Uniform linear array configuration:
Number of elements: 24
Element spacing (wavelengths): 1
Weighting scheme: blackman
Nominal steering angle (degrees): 15
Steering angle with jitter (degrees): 16.275
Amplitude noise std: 0.05
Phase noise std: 0.05

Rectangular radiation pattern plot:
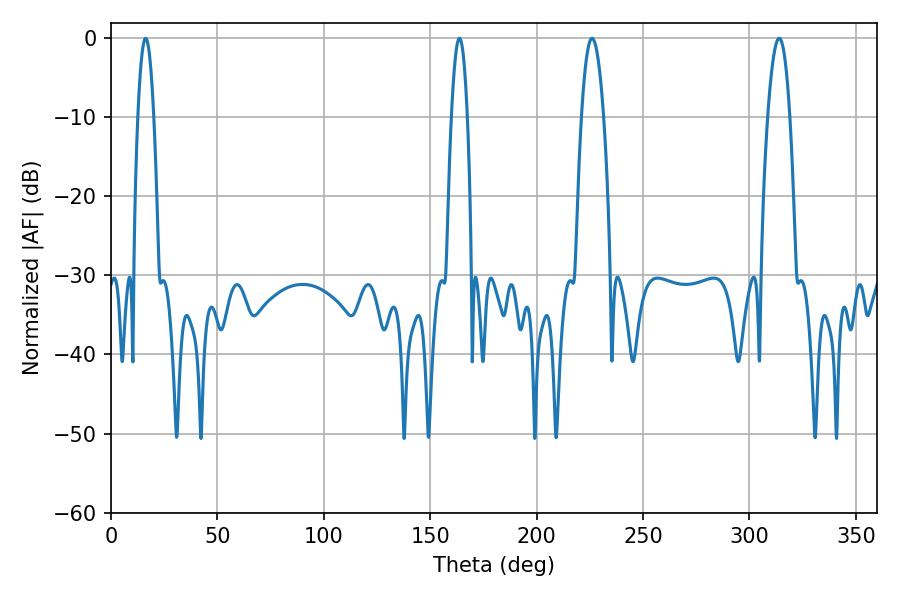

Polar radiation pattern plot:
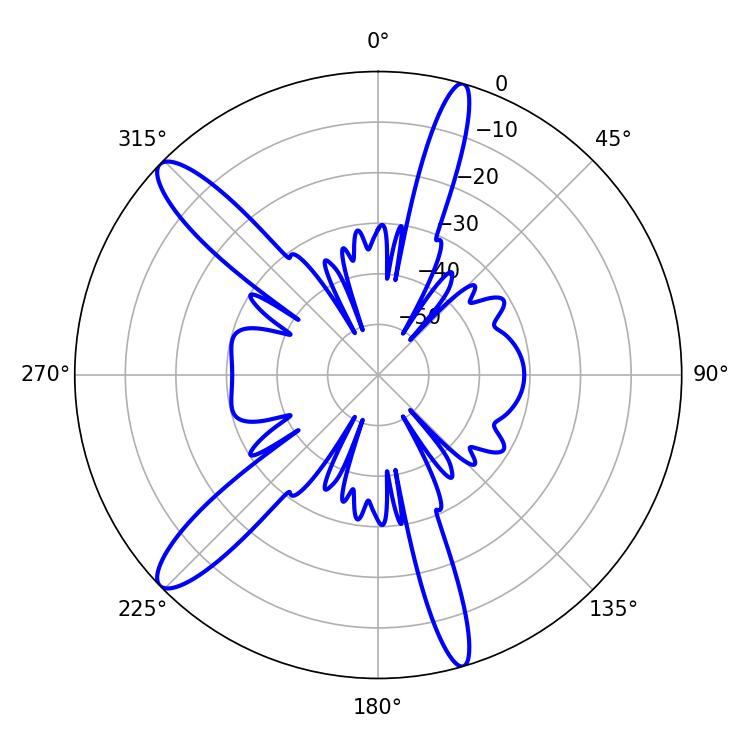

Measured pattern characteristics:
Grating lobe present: TRUE
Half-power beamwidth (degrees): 5.76
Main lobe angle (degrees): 313.92